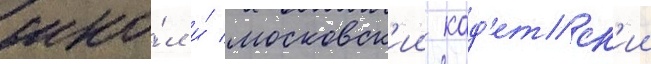
шко́л и́ московск'ии кад'етск'ии